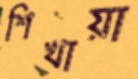
শিখায়া